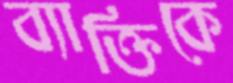
ব্যাক্তিকে